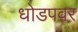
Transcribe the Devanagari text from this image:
धोडपवर